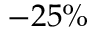
- 2 5 \%